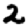
Digit: 2